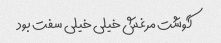
گوشت مرغش خیلی خیلی سفت بود